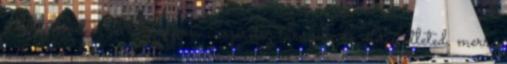
érdeklődőket a Hungexpón. Szeretsz túrázni, de nincs ötleted, merre